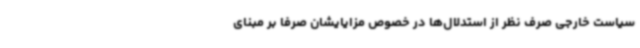
سیاست خارجی صرف نظر از استدلال‌ها در خصوص مزایایشان صرفاً بر مبنای